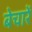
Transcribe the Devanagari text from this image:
बेचारें